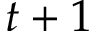
t + 1